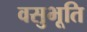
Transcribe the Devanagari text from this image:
वसुभूति